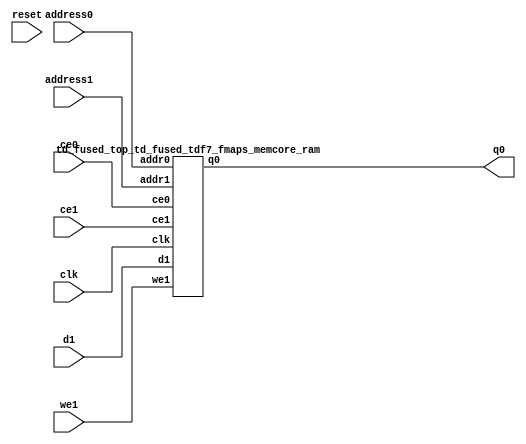
`define EXPONENT 5
`define MANTISSA 10
`define ACTUAL_MANTISSA 11
`define EXPONENT_LSB 10
`define EXPONENT_MSB 14
`define MANTISSA_LSB 0
`define MANTISSA_MSB 9
`define MANTISSA_MUL_SPLIT_LSB 3
`define MANTISSA_MUL_SPLIT_MSB 9
`define SIGN 1
`define SIGN_LOC 15
`define DWIDTH (`SIGN+`EXPONENT+`MANTISSA)
`define IEEE_COMPLIANCE 1

module td_fused_top_td_fused_tdf7_fmaps_memcore(
    reset,
    clk,
    address0,
    ce0,
    q0,
    address1,
    ce1,
    we1,
    d1);

parameter DataWidth = 32'd64;
parameter AddressRange = 32'd6272;
parameter AddressWidth = 32'd13;
input reset;
input clk;
input[AddressWidth - 1:0] address0;
input ce0;
output[DataWidth - 1:0] q0;
input[AddressWidth - 1:0] address1;
input ce1;
input we1;
input[DataWidth - 1:0] d1;



td_fused_top_td_fused_tdf7_fmaps_memcore_ram td_fused_top_td_fused_tdf7_fmaps_memcore_ram_U(
    .clk( clk ),
    .addr0( address0 ),
    .ce0( ce0 ),
    .q0( q0 ),
    .addr1( address1 ),
    .ce1( ce1 ),
    .we1( we1 ),
    .d1( d1 )
);

endmodule
module td_fused_top_td_fused_tdf7_fmaps_memcore_ram (addr0, ce0, q0, addr1, ce1, d1, we1,  clk);

parameter DWIDTH = 64;
parameter AWIDTH = 13;
parameter MEM_SIZE = 6272;

input[AWIDTH-1:0] addr0;
input ce0;
output reg[DWIDTH-1:0] q0;
input[AWIDTH-1:0] addr1;
input ce1;
input[DWIDTH-1:0] d1;
input we1;
input clk;

 reg [DWIDTH-1:0] ram[MEM_SIZE-1:0];




always @(posedge clk)  
begin 
    if (ce0) begin
        q0 <= ram[addr0];
    end
end


always @(posedge clk)  
begin 
    if (ce1) begin
        if (we1) 
            ram[addr1] <= d1; 
    end
end


endmodule